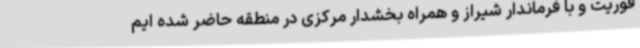
فوریت و با فرماندار شیراز و همراه بخشدار مرکزی در منطقه حاضر شده ایم